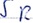
Text: SR